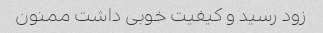
زود رسید و کیفیت خوبی داشت ممنون